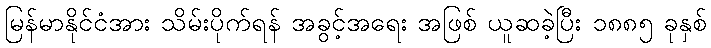
မြန်မာနိုင်ငံအား သိမ်းပိုက်ရန် အခွင့်အရေး အဖြစ် ယူဆခဲ့ပြီး ၁၈၈၅ ခုနှစ်